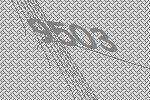
9503